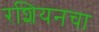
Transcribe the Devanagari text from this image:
रशियनचा